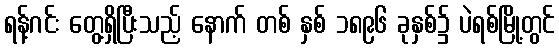
ရန့်ဂင်း တွေ့ရှိပြီးသည့် နောက် တစ် နှစ် ၁၈၉၆ ခုနှစ်၌ ပဲရစ်မြို့တွင်